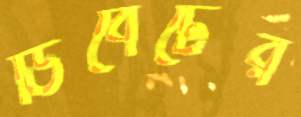
ডিবেটের